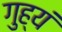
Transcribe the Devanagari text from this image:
गुह्यं